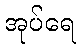
အုပ်ရေ